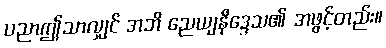
ပညာဤသာလျှင် အဘိ ညေယျနိဒ္ဒေသ၏ အဖွင့်တည်း။